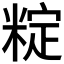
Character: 𬖣